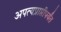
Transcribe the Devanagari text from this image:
अपत्यप्राप्तीपर्यंत